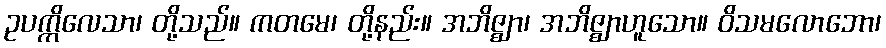
ဥပက္ကိလေသာ၊ တို့သည်။ ကတမေ၊ တို့နည်း။ အဘိဇ္ဈာ၊ အဘိဇ္ဈာဟူသော။ ဝိသမလောဘော၊